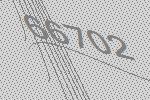
66702